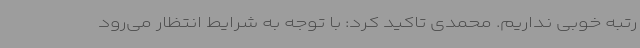
رتبه خوبی نداریم. محمدی تاکید کرد: با توجه به شرایط انتظار می‌رود